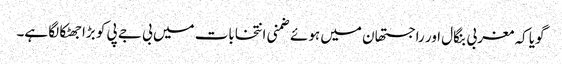
گویا کہ مغربی بنگال اور راجستھان میں ہوئے ضمنی انتخابات میں بی جے پی کو بڑا جھٹکا لگا ہے۔